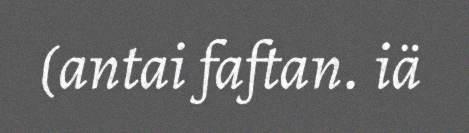
(antai faftan. iä